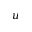
u